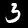
Label: 3